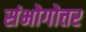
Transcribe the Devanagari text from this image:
संभोगोत्तर